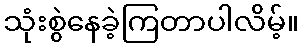
သုံးစွဲနေခဲ့ကြတာပါလိမ့်။